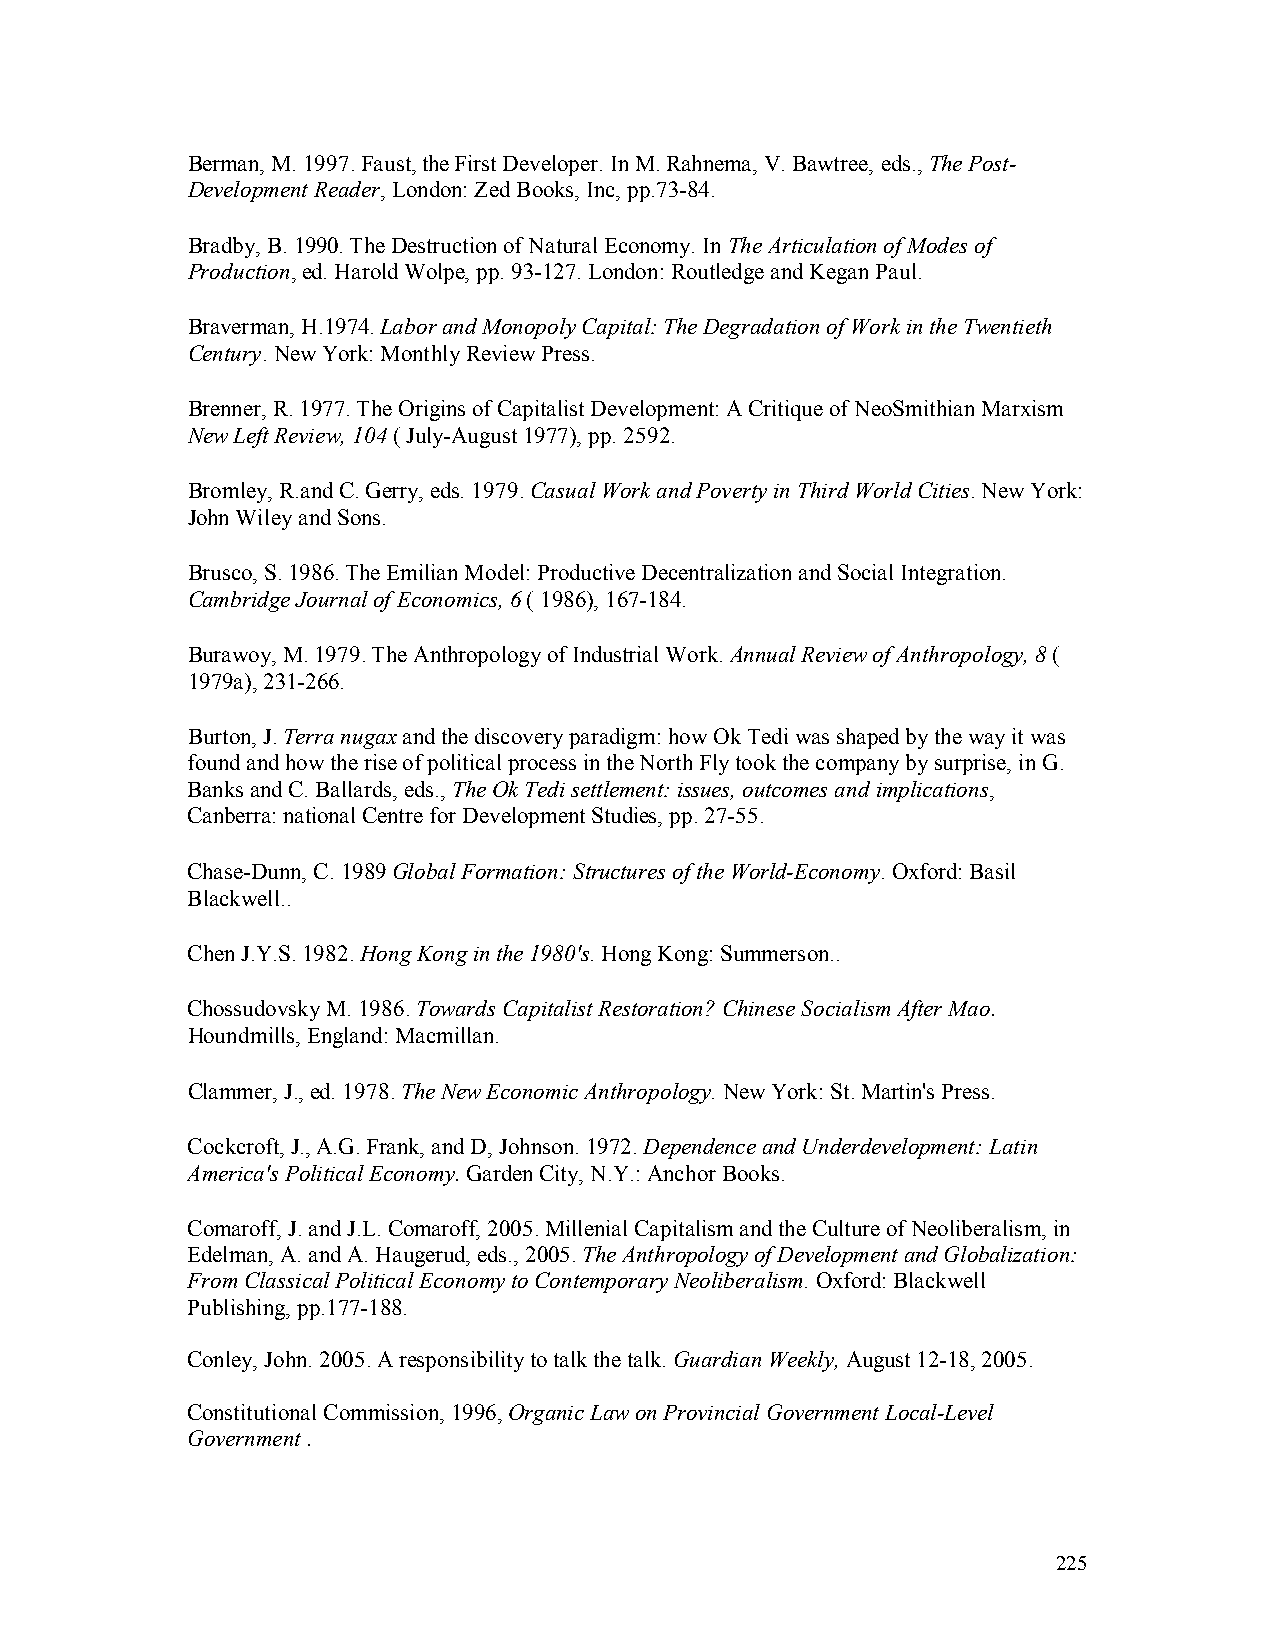
Berman, M. 1997. Faust, the First Developer. In M. Rahnema, V. Bawtree, eds., The Post-
 Development Reader, London: Zed Books, Inc, pp.73-84.
 Bradby, B. 1990. The Destruction of Natural Economy. In The Articulation of Modes of
 Production, ed. Harold Wolpe, pp. 93-127. London: Routledge and Kegan Paul.
 Braverman, H.1974. Labor and Monopoly Capital: The Degradation of Work in the Twentieth
 Century. New York: Monthly Review Press.
 Brenner, R. 1977. The Origins of Capitalist Development: A Critique of NeoSmithian Marxism
 New Left Review, 104 ( July-August 1977), pp. 2592.
 Bromley, R.and C. Gerry, eds. 1979. Casual Work and Poverty in Third World Cities. New York:
 John Wiley and Sons.
 Brusco, S. 1986. The Emilian Model: Productive Decentralization and Social Integration.
 Cambridge Journal of Economics, 6 ( 1986), 167-184.
 Burawoy, M. 1979. The Anthropology of Industrial Work. Annual Review of Anthropology, 8 (
 1979a), 231-266.
 Burton, J. Terra nugax and the discovery paradigm: how Ok Tedi was shaped by the way it was
 found and how the rise of political process in the North Fly took the company by surprise, in G.
 Banks and C. Ballards, eds., The Ok Tedi settlement: issues, outcomes and implications,
 Canberra: national Centre for Development Studies, pp. 27-55.
 Chase-Dunn, C. 1989 Global Formation: Structures of the World-Economy. Oxford: Basil
 Blackwell..
 Chen J.Y.S. 1982. Hong Kong in the 1980’s. Hong Kong: Summerson..
 Chossudovsky M. 1986. Towards Capitalist Restoration? Chinese Socialism After Mao.
 Houndmills, England: Macmillan.
 Clammer, J., ed. 1978. The New Economic Anthropology. New York: St. Martin’s Press.
 Cockcroft, J., A.G. Frank, and D, Johnson. 1972. Dependence and Underdevelopment: Latin
 America’s Political Economy. Garden City, N.Y.: Anchor Books.
 Comaroff, J. and J.L. Comaroff, 2005. Millenial Capitalism and the Culture of Neoliberalism, in
 Edelman, A. and A. Haugerud, eds., 2005. The Anthropology of Development and Globalization:
 From Classical Political Economy to Contemporary Neoliberalism. Oxford: Blackwell
 Publishing, pp.177-188.
 Conley, John. 2005. A responsibility to talk the talk. Guardian Weekly, August 12-18, 2005.
 Constitutional Commission, 1996, Organic Law on Provincial Government Local-Level
 Government .
 225